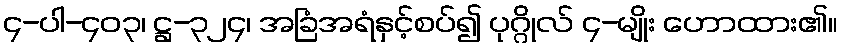
၄-ပါ-၄၀၃၊ ဋ္ဌ-၃၂၄၊ အခြံအရံနှင့်စပ်၍ ပုဂ္ဂိုလ် ၄-မျိုး ဟောထား၏။